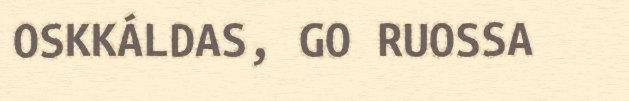
OSKKÁLDAS, GO RUOSSA